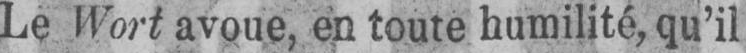
Le Wort avoue, en toute humilité, qu’il